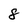
Character: 8